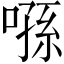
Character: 𠹀